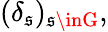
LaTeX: (\delta_{\mathfrak{s}})_{\mathfrak{s}\inG},